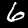
Digit: 6